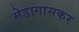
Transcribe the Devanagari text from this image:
मेडागासकर